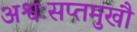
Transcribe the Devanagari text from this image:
अश्वःसप्तमुखौ